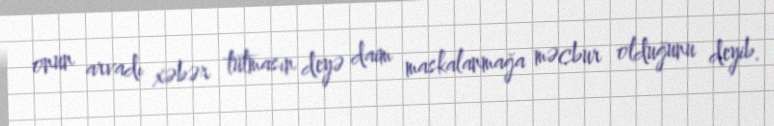
onun arvadı xəbər tutmasın deyə daim maskalanmağa məcbur olduğunu deyib.